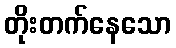
တိုးတက်နေသော